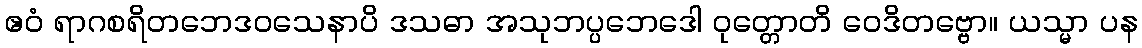
ဧဝံ ရာဂစရိတဘေဒဝသေနာပိ ဒသဓာ အသုဘပ္ပဘေဒေါ ဝုတ္တောတိ ဝေဒိတဗ္ဗော။ ယသ္မာ ပန